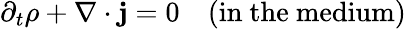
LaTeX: \partial_{t}\rho+\nabla\cdot\mathbf{j}=0\ \ \ \ \mathrm{(in\ the\ medium)}